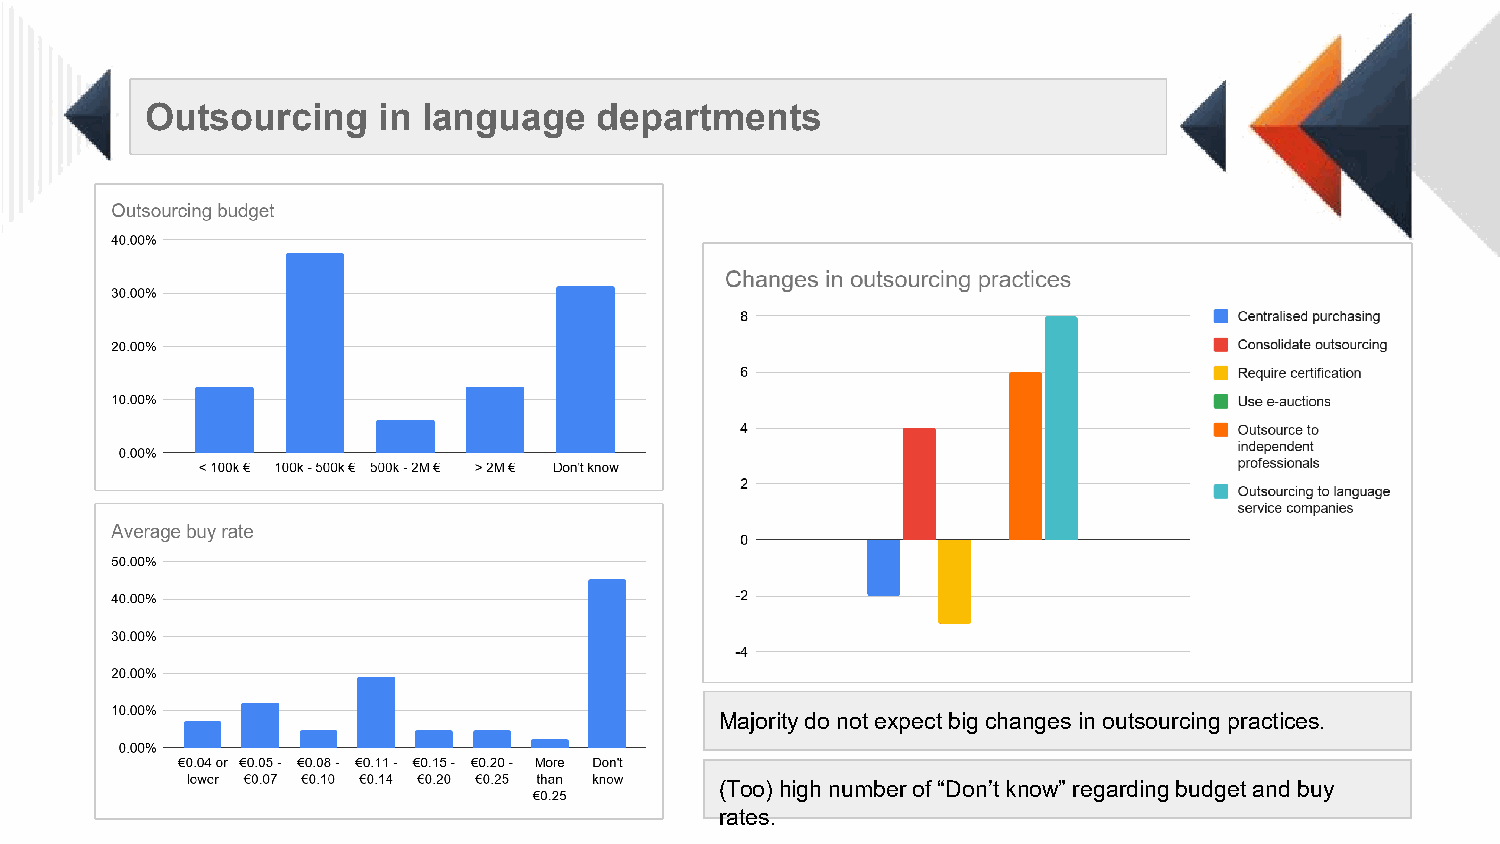
Outsourcing    in language    departments
 Majority do not expect big changes in outsourcing practices.
 (Too) high number of “Don’t know” regarding budget and buy
 rates.